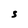
Character: S